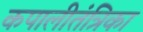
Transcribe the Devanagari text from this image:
कपालीतंत्रिका